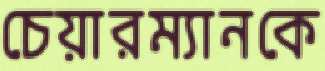
চেয়ারম্যানকে